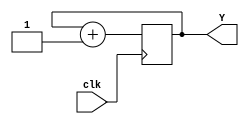
module counter (input clk, output reg [3:0]Y = 4'b0000);
  always @ (posedge clk)
    begin
      Y = Y + 1'b1;
    end
endmodule